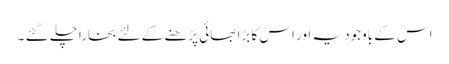
اس کے باوجود یہ اور اس کا بڑا بھائی پڑھنے کے لئے بخارا چلے گئے ۔